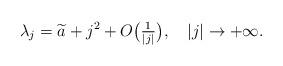
LaTeX: \begin{align*}\lambda_j=\widetilde a+j^2+O\big(\tfrac1{|j|}\big),\quad|j|\to+\infty.\end{align*}